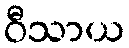
ဝီသာယ